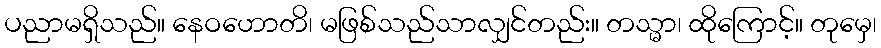
ပညာမရှိသည်။ နေဝဟောတိ၊ မဖြစ်သည်သာလျှင်တည်း။ တသ္မာ၊ ထိုကြောင့်။ တုမှေ၊